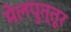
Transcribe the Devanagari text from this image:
मेलपुत्तूर